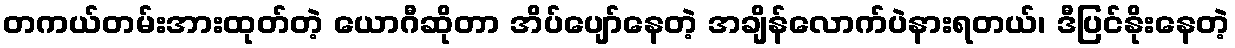
တကယ်တမ်းအားထုတ်တဲ့ ယောဂီဆိုတာ အိပ်ပျော်နေတဲ့ အချိန်လောက်ပဲနားရတယ်၊ ဒီပြင်နိုးနေတဲ့